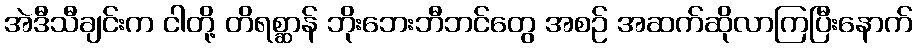
အဲဒီသီချင်းက ငါတို့ တိရစ္ဆာန် ဘိုးဘေးဘီဘင်တွေ အစဉ် အဆက်ဆိုလာကြပြီးနောက်